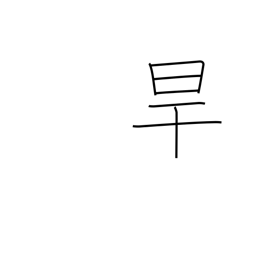
Meaning: drought